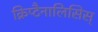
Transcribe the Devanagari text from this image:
क्रिप्टैनालिसिस्